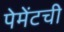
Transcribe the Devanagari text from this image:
पेमेंटची